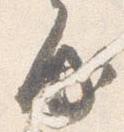
房